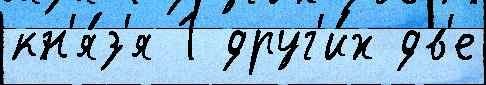
кн'я́з'я 1 друг'и́х дв'е